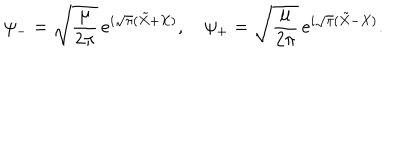
LaTeX: \psi _ { - } = \sqrt { { \frac { \mu } { 2 \pi } } } \, e ^ { i \sqrt { \pi } ( \tilde { X } + X ) } , \quad \psi _ { + } = \sqrt { { \frac { \mu } { 2 \pi } } } \, e ^ { i \sqrt { \pi } ( \tilde { X } - X ) } .